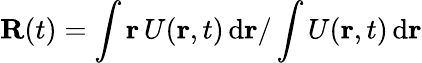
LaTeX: \mathbf{R}(t)=\int\mathbf{r}\, U(\mathbf{r},t)\, \mathrm{d}\mathbf{r}/\int U(\mathbf{r},t)\, \mathrm{d}\mathbf{r}